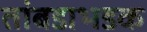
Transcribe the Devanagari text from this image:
तांबडाभडक